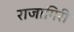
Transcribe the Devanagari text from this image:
राजागिरी